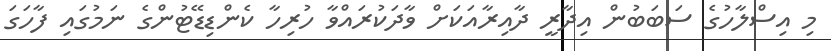
މި އިސްލާހުގެ ސަބަބުން އިދާރީ ދާއިރާއަކަށް ވާދަކުރައްވާ ހުރިހާ ކެންޑިޑޭޓުންގެ ނަމުގައި ފާހަގަ